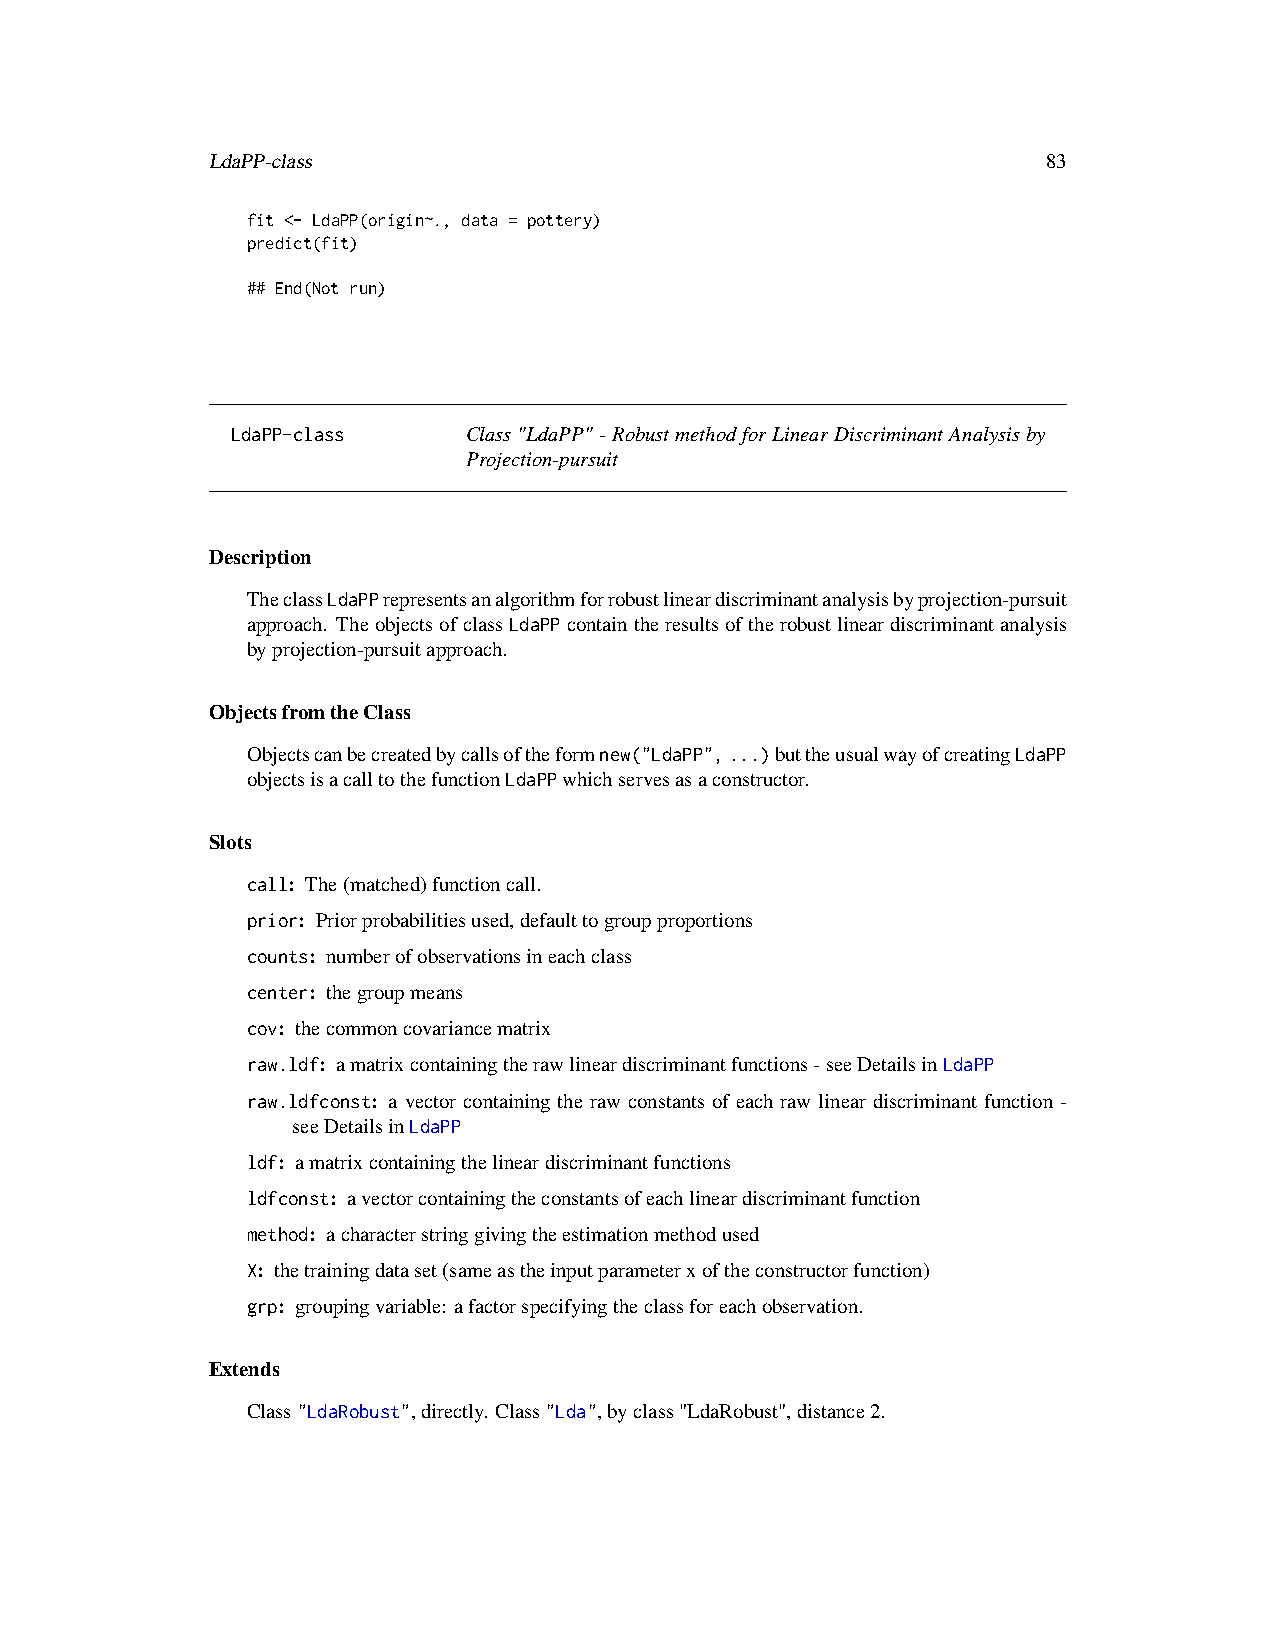
LdaPP-class                                            83
 fit <- LdaPP(origin~., data = pottery)
 predict(fit)
 ## End(Not run)
 LdaPP-class     Class"LdaPP"-RobustmethodforLinearDiscriminantAnalysisby
 Projection-pursuit
 Description
 TheclassLdaPPrepresentsanalgorithmforrobustlineardiscriminantanalysisbyprojection-pursuit
 approach. TheobjectsofclassLdaPPcontaintheresultsoftherobustlineardiscriminantanalysis
 byprojection-pursuitapproach.
 ObjectsfromtheClass
 Objectscanbecreatedbycallsoftheformnew("LdaPP",...)buttheusualwayofcreatingLdaPP
 objectsisacalltothefunctionLdaPPwhichservesasaconstructor.
 Slots
 call: The(matched)functioncall.
 prior: Priorprobabilitiesused,defaulttogroupproportions
 counts: numberofobservationsineachclass
 center: thegroupmeans
 cov: thecommoncovariancematrix
 raw.ldf: amatrixcontainingtherawlineardiscriminantfunctions-seeDetailsinLdaPP
 raw.ldfconst: a vector containing the raw constants of each raw linear discriminant function -
 seeDetailsinLdaPP
 ldf: amatrixcontainingthelineardiscriminantfunctions
 ldfconst: avectorcontainingtheconstantsofeachlineardiscriminantfunction
 method: acharacterstringgivingtheestimationmethodused
 X: thetrainingdataset(sameastheinputparameterxoftheconstructorfunction)
 grp: groupingvariable: afactorspecifyingtheclassforeachobservation.
 Extends
 Class"LdaRobust",directly. Class"Lda",byclass"LdaRobust",distance2.